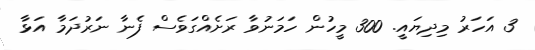
3 އަހަރު މިދިޔައީ. 300 މީހުން ހަމަނުވާ ރަށެއްގަވެސް ފެނާ ނަރުދަމާ އަޅާ